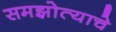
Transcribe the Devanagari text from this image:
समझोत्याचे